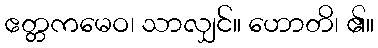
ဧတ္တကမေဝ၊ သာလျှင်။ ဟောတိ၊ ၏။